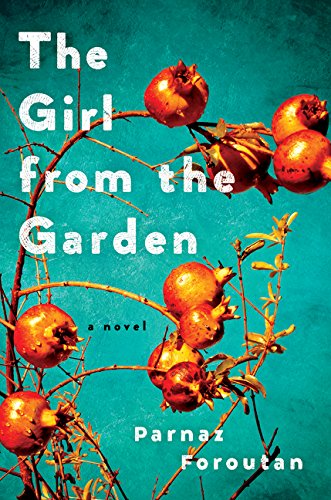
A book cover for The Girl from the Garden: A Novel; Parnaz Foroutan; Literature & Fiction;